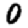
Digit: 0